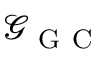
\mathcal { G } _ { \mathrm { ~ G ~ C ~ } }